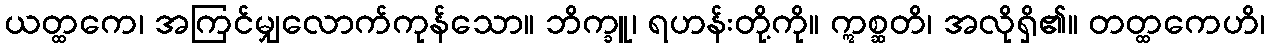
ယတ္ထကေ၊ အကြင်မျှလောက်ကုန်သော။ ဘိက္ခူ၊ ရဟန်းတို့ကို။ ဣစ္ဆတိ၊ အလိုရှိ၏။ တတ္ထကေဟိ၊